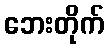
ဘေးတိုက်